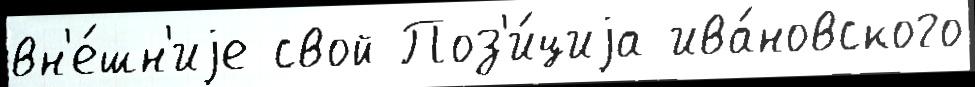
вн'е́шн'иjе свой Поз'и́циjа ива́новского